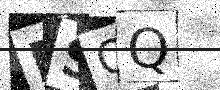
Text: ESOQ